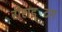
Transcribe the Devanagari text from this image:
रीराइटिंग